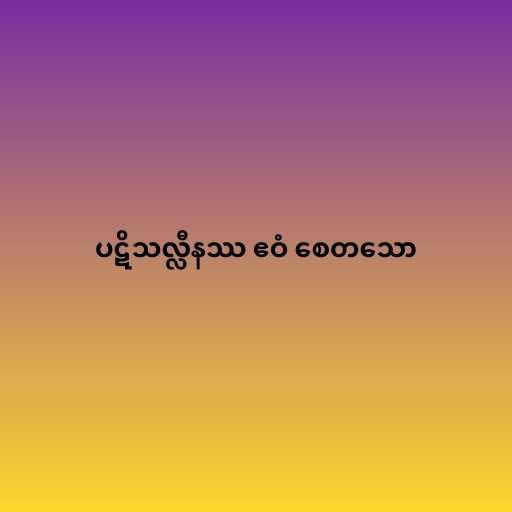
ပဋိသလ္လီနဿ ဧဝံ စေတသော